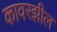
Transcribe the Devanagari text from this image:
कावरझील